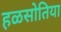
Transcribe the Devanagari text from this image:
हळसोतिया